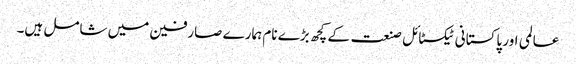
عالمی اور پاکستانی ٹیکسٹائل صنعت کے کچھ بڑے نام ہمارے صارفین میں شامل ہیں۔